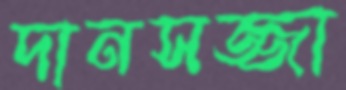
দানসজ্জা